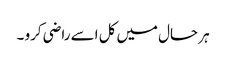
ہر حال میں کل اسے راضی کرو ۔